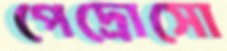
পেদ্রোসো